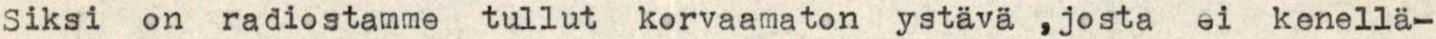
Siksi on radiostamme tullut korvaamaton ystävä ,josta ei kenellä-